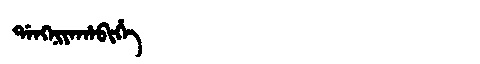
Manchu: ᡩᠠᠩᠨᡳᠶᠠᡥᠠᠪᡳᡥᡝ
Romanization: DANGNIYAHABIHE